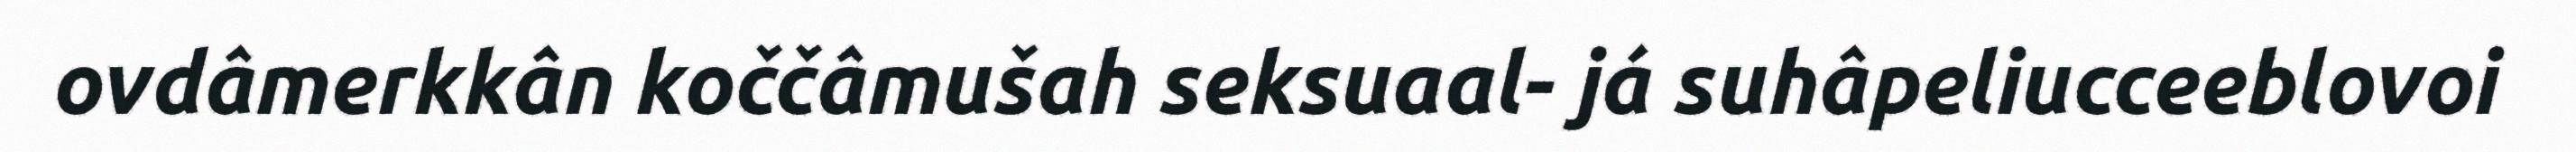
ovdâmerkkân koččâmušah seksuaal- já suhâpeliucceeblovoi